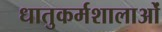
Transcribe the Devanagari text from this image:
धातुकर्मशालाओं